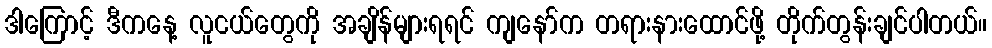
ဒါကြောင့် ဒီကနေ့ လူငယ်တွေကို အချိန်များရရင် ကျနော်က တရားနားထောင်ဖို့ တိုက်တွန်းချင်ပါတယ်။